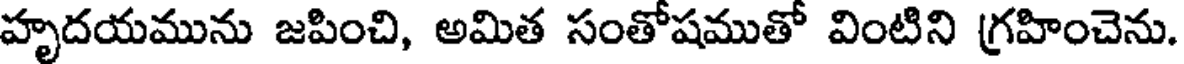
హృదయమును జపించి, అమిత సంతోషముతో వింటిని గ్రహించెను.